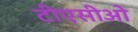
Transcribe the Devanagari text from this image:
टीएसीओ